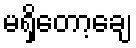
မရှိတော့ချေ